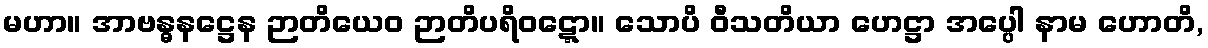
မဟာ။ အာဗန္ဓနဋ္ဌေန ဉာတိယေဝ ဉာတိပရိဝဋ္ဋော။ သောပိ ဝီသတိယာ ဟေဋ္ဌာ အပ္ပေါ နာမ ဟောတိ,